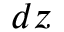
d z